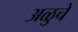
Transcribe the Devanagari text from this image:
अळुचे